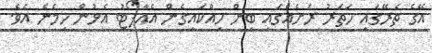
އޭގެ ތެރޭގައި ހަތަރު ރަށެއްގައި ބިން ހިއްކައިގެން އެއާޕޯޓު އެޅުން ހިމެނެ އެވެ.